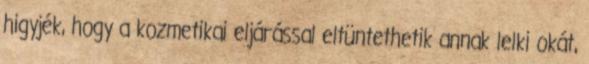
higyjék, hogy a kozmetikai eljárással eltüntethetik annak lelki okát,